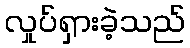
လှုပ်ရှားခဲ့သည်